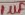
Text: 1µF